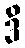
ဒိ